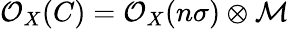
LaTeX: {\cal{O}}_{X}(C)={\cal{O}}_{X}(n\sigma)\otimes{\cal{M}}